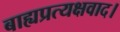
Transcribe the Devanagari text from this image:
बाह्यप्रत्यक्षवाद।